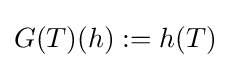
G(T)(h):=h(T)